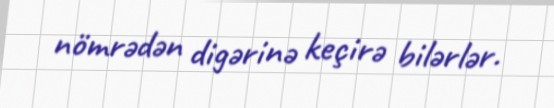
nömrədən digərinə keçirə bilərlər.